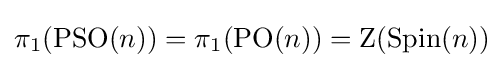
\pi _{1}(\operatorname {PSO} (n))=\pi _{1}(\operatorname {PO} (n))=\operatorname {Z} (\operatorname {Spin} (n))